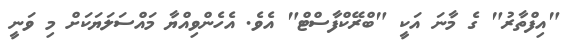
"އިފްތާރު" ގެ މާނަ އަކީ "ބްރޭކްފާސްޓް" އެވެ. އެހެންވިއްޔާ މައްސަލަޔަކަށް މި ވަނީ